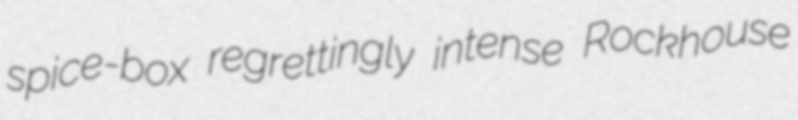
spice-box regrettingly intense Rockhouse